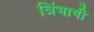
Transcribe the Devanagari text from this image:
त्रिंभाषी